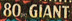
80 GIANT